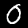
Digit: 0